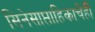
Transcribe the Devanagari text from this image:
सिनेसाप्ताहिकाचेही